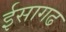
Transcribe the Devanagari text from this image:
ईसागढ